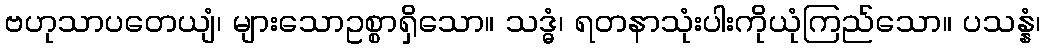
ဗဟုသာပတေယျံ၊ များသောဥစ္စာရှိသော။ သဒ္ဓံ၊ ရတနာသုံးပါးကိုယုံကြည်သော။ ပသန္နံ၊